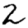
Digit: 2